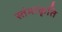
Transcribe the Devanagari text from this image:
स्तंभाकृति